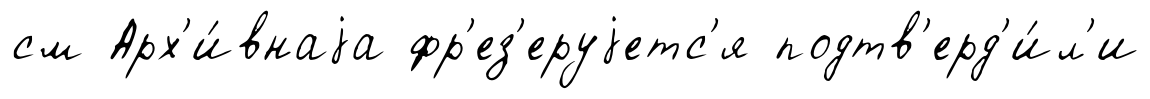
см Арх'и́внаjа фр'ез'еруjетс'я подтв'ерд'и́л'и